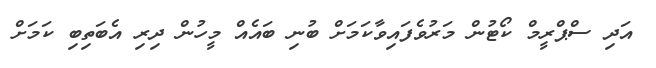
އަދި ސްޕްރީމް ކޯޓުން މަރުވެފައިވާކަމަށް ބުނި ބައެއް މީހުން ދިރި އެބަތިބި ކަމަށް